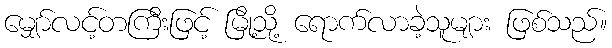
မျှော်လင့်တကြီးဖြင့် မြို့သို့ ရောက်လာခဲ့သူများ ဖြစ်သည်။